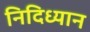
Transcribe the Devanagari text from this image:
निदिध्यान